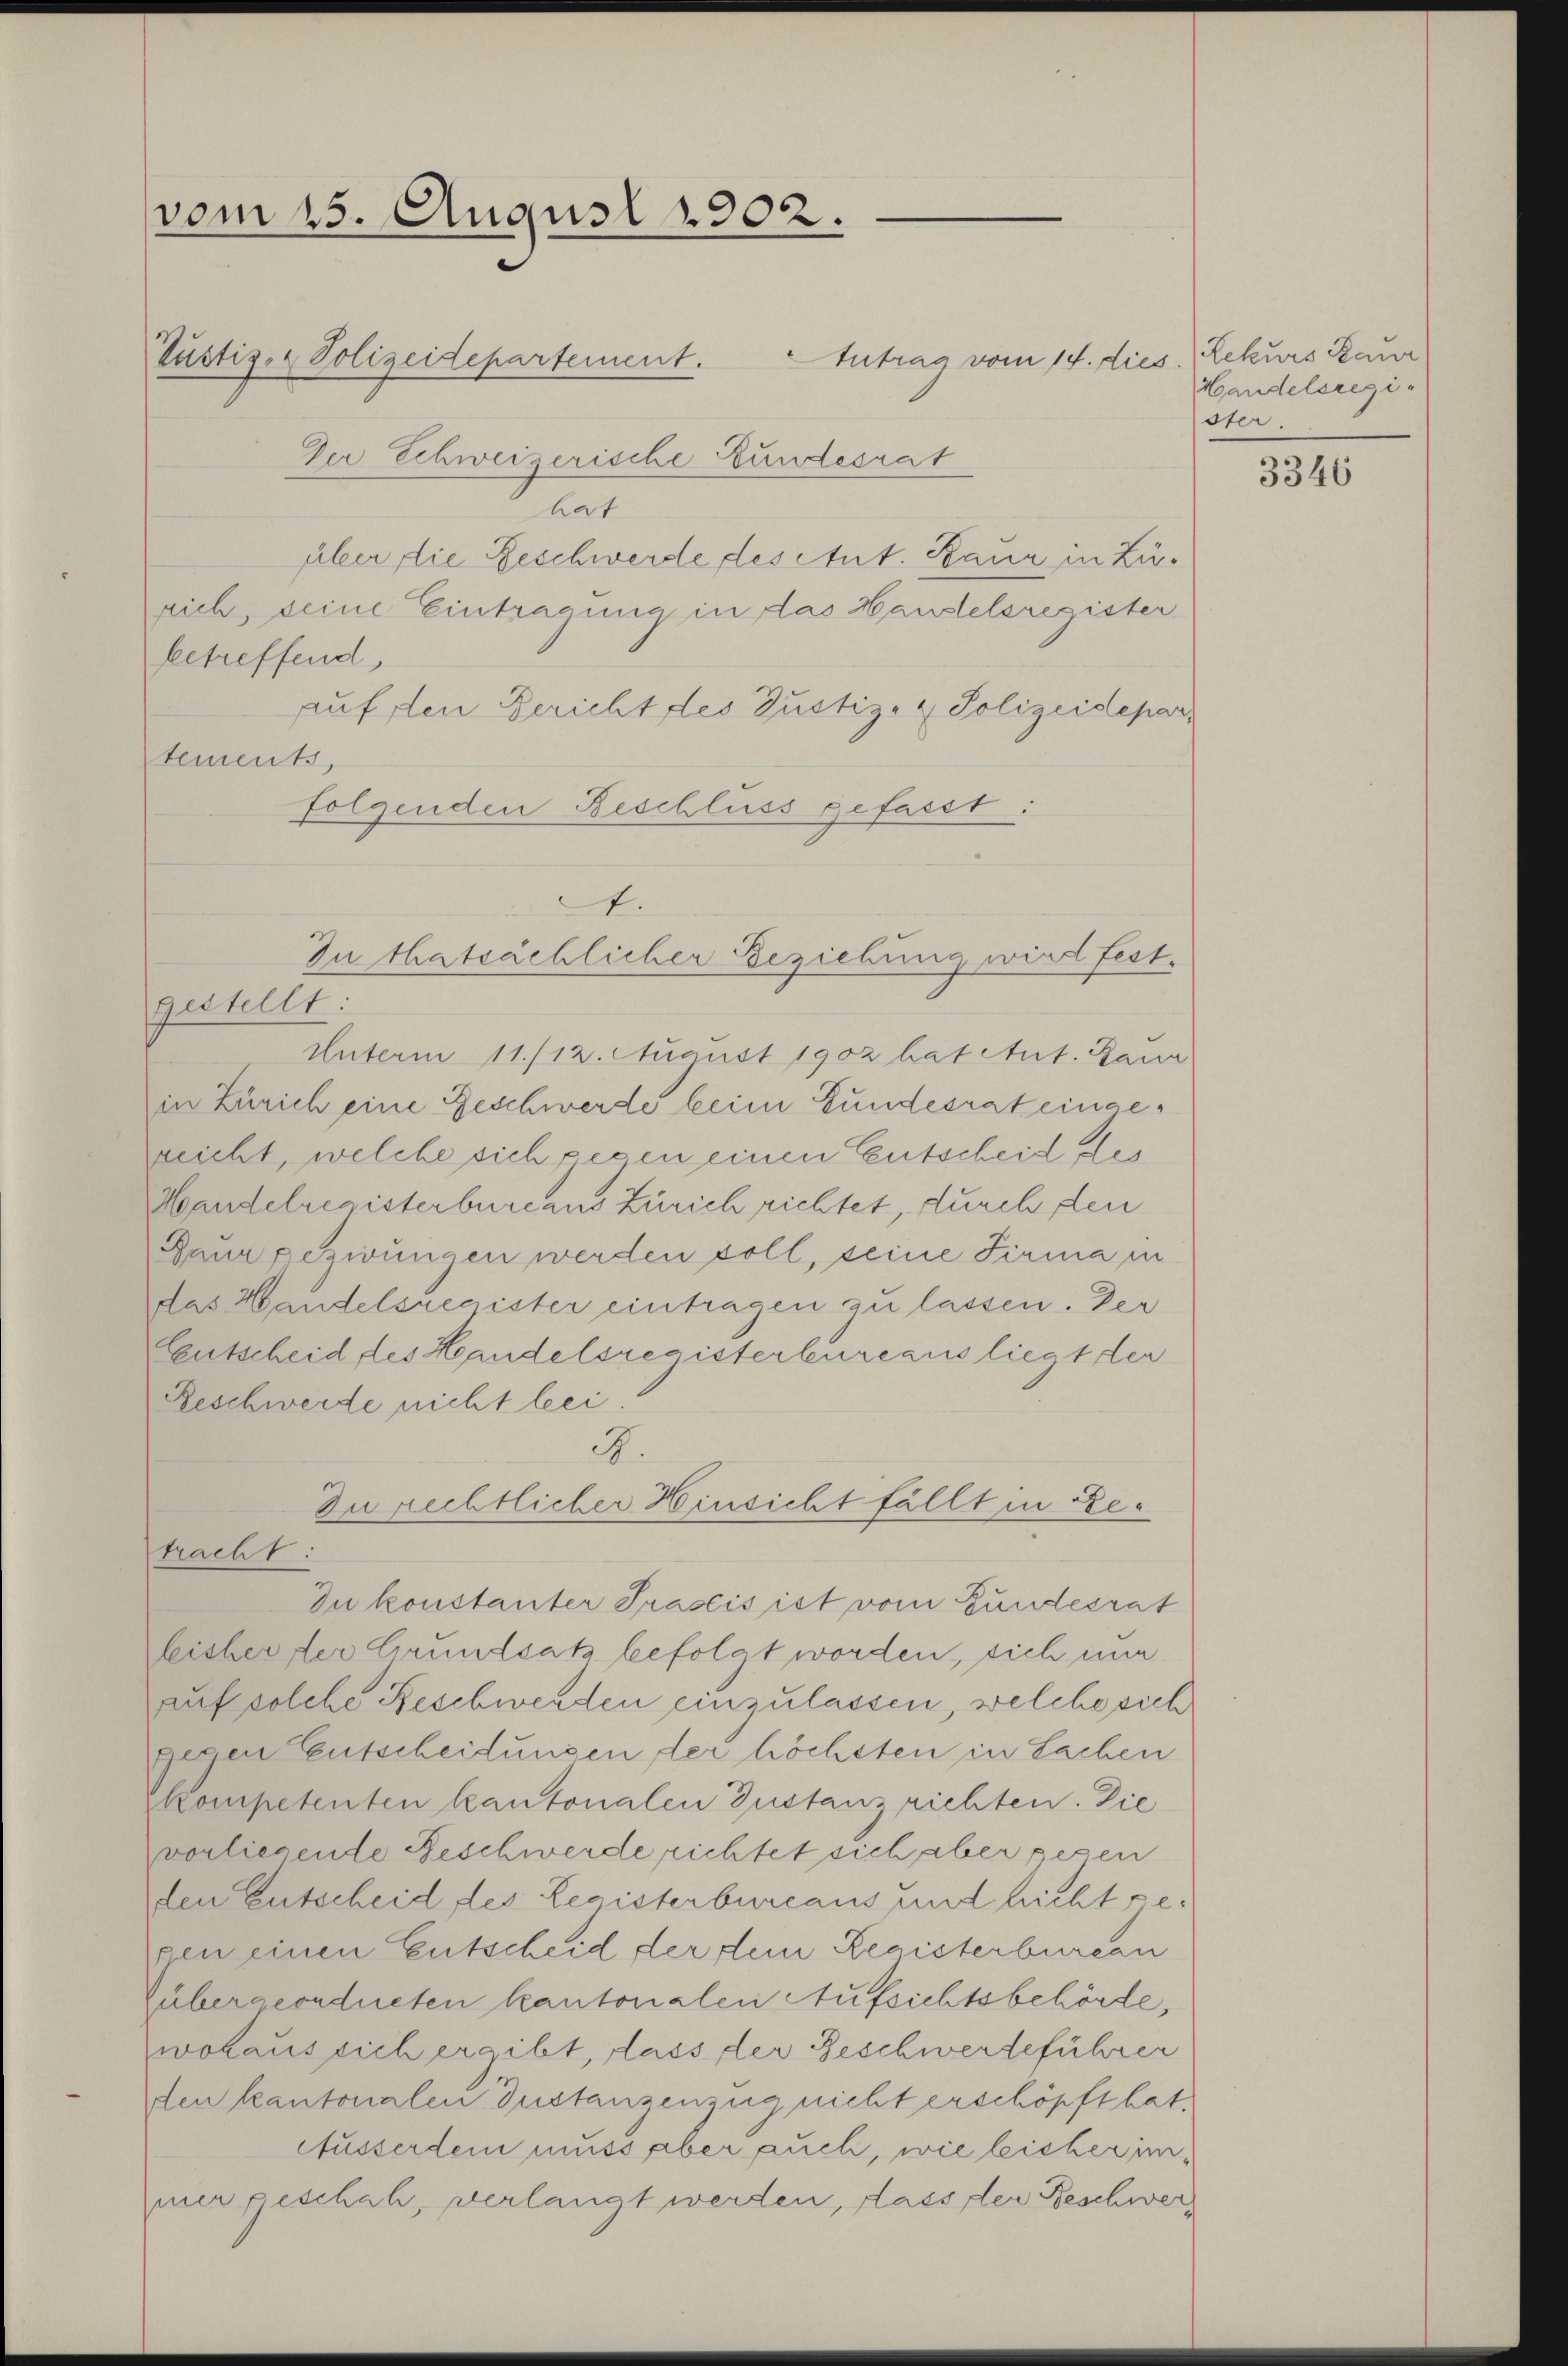
vom 25. August 1902.
Justiz- & Polizeidepartement. Antrag vom 14. dies. (Lekurs Baur
Der Schweizerische Bundesrat

a
über die Beschwerde des Ant. Baur in Zürich, seine Eintragung in das Handelsregister
betreffend,
auf den Bericht des Justiz- & Polizeidepar
tements,
folgenden Beschluss gefasst:

1.
In thatsächlicher Beziehung wird fest.
gestellt:

R.
Zurechtlicher Hinsicht fällt in Retracht:
Du konstanter Prasis ist vom Bundesrat

Unterm 11./12. August 1902 hat Ant. Baur
in Zürich eine Beschwerde beim Bundesrat eingereicht, welche sich gegen einen Entscheid der
Handelregisterburcans Zürich richtet, durch den
Paur gezwungen werden soll, seine Firma in
das Handelsregister eintragen zu lassen. Der
Exutscheid des Handelsregisterbureaus liegt der
Reschwerde nicht bei.
leisher der Grundsatz befolgt worden, sich nun
auf solche Beschwerden einzulassen, welche sich
gegen Entscheidungen der höchsten in Sachen
kompetenten kantonalen Instanz richten. Die
vorliegende Beschwerde richtet sich aber gesen
den Entscheid des Legisterbureaus und hieht gegen einen Entscheid der dem Registerbureau
übergeordneten kantonalen Aufsichtsbehörde,
wolaus sich ergibt, dass der Beschwerdeführer
den kantonalen Gustanzenzug nicht erschöpft hat.
Ausserden muss aber auch, wie leicher immer geschah, verlangt werden, dass der Beschwer

Handelsregister.

3346